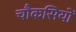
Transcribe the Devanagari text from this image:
चौकसियों